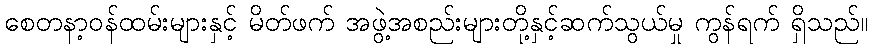
စေတနာ့ဝန်ထမ်းများနှင့် မိတ်ဖက် အဖွဲ့အစည်းများတို့နှင့်ဆက်သွယ်မှု ကွန်ရက် ရှိသည်။